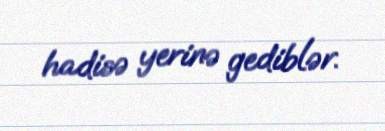
hadisə yerinə gediblər.